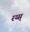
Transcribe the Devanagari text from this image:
रय्स्